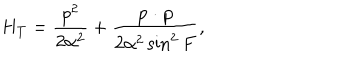
LaTeX: H _ { T } = \frac { p ^ { 2 } } { 2 \alpha ^ { 2 } } + \frac { { \bf p \cdot p } } { 2 \alpha ^ { 2 } \sin ^ { 2 } F } ,